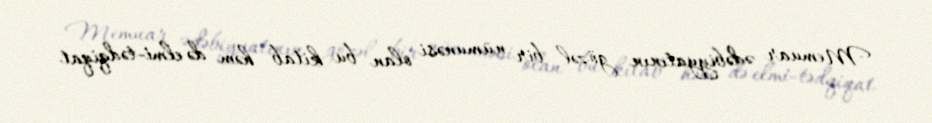
Memuar ədəbiyyatının gözəl bir nümunəsi olan bu kitab həm də elmi-tədqiqat